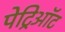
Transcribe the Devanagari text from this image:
पेट्रिऑट